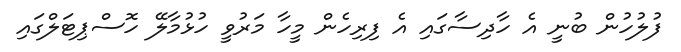
ފުލުހުން ބުނީ އެ ހާދިސާގައި އެ ފިރިހެން މީހާ މަރުވީ ހުޅުމާލޭ ހޮސްޕިޓަލްގައި